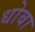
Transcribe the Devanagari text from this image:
धोबा